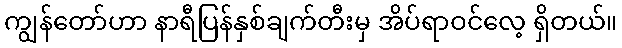
ကျွန်တော်ဟာ နာရီပြန်နှစ်ချက်တီးမှ အိပ်ရာဝင်လေ့ ရှိတယ်။